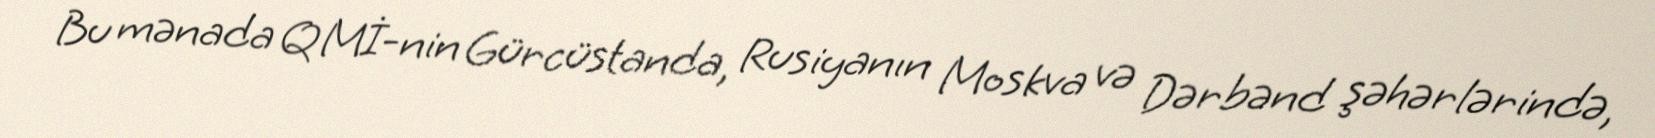
Bu mənada QMİ-nin Gürcüstanda, Rusiyanın Moskva və Dərbənd şəhərlərində,